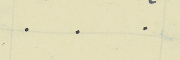
.    .    .